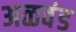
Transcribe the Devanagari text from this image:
अळवंड